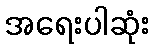
အရေးပါဆုံး